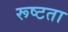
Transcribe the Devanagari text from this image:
रूष्टता